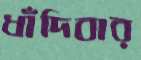
ধাঁদিবার